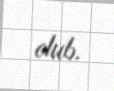
olub.